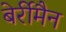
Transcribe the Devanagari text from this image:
बेर्रीमैन